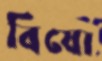
বিষো